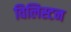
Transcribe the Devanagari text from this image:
विलिस्टन